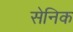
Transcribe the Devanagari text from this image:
सेनिक